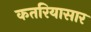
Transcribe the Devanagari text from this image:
कतरियासार